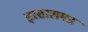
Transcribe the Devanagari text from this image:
इरसालगड